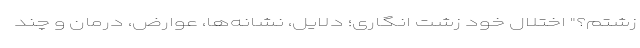
زشتم؟" اختلالِ خودْ زشتْ انگاری؛ دلایل، نشانه‌ها، عوارض، درمان و چند